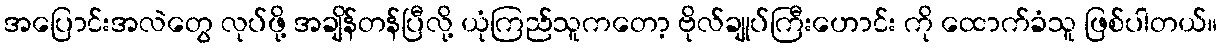
အပြောင်းအလဲတွေ လုပ်ဖို့ အချိန်တန်ပြီလို့ ယုံကြည်သူကတော့ ဗိုလ်ချုပ်ကြီးဟောင်း ကို ထောက်ခံသူ ဖြစ်ပါတယ်။